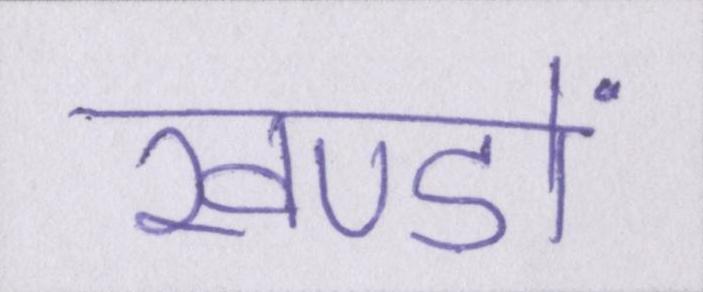
खण्डों